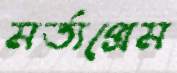
মর্ত্যপ্রেম